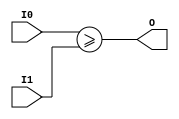
module coreir_uge8_wrapped (
    input [7:0] I0,
    input [7:0] I1,
    output O
);
assign O = I0 >= I1;
endmodule